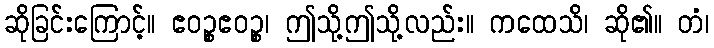
ဆိုခြင်းကြောင့်။ ဧဝဉ္စဧဝဉ္စ၊ ဤသို့ဤသို့လည်း။ ကထေသိ၊ ဆို၏။ တံ၊